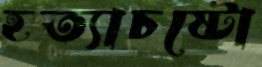
হত্যাচষ্টো